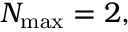
N _ { \mathrm { m a x } } = 2 ,